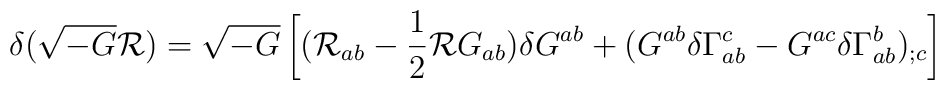
\delta(\sqrt{-G}{\cal R})=\sqrt{-G}\left[({\cal R}_{ab}    -\frac{1}{2}{\cal R}G_{ab})\delta G^{ab}    +(G^{ab}\delta\Gamma^{c}_{ab}-G^{ac}\delta\Gamma^{b}_{ab})_{;c} \right]